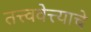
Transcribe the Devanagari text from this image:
तत्त्ववेत्त्याचे